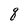
Character: q